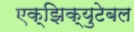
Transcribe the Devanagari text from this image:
एक्झिक्युटेबल